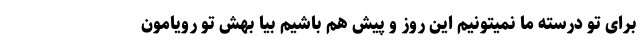
برای تو درسته ما نمیتونیم این روز و پیش هم باشیم بیا بهش تو رویامون